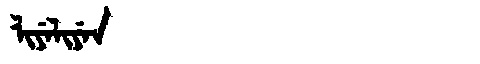
Manchu: ᠯᡳᠶᡝᠯᡳᠶᡝᠨ
Romanization: LIYELIYEN